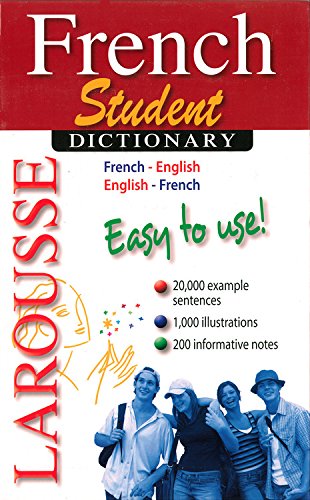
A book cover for Larousse Student Dictionary French-English/English-French (French and English Edition); Larousse; Reference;